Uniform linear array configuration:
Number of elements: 64
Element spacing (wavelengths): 1
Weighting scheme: blackman
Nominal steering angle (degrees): -30
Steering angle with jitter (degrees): -28.026
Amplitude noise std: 0.05
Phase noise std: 0.05

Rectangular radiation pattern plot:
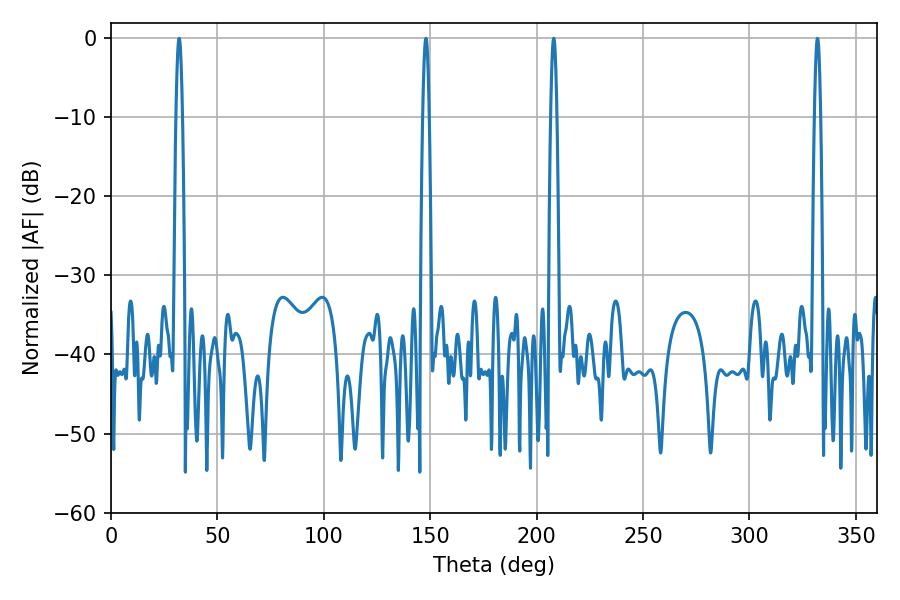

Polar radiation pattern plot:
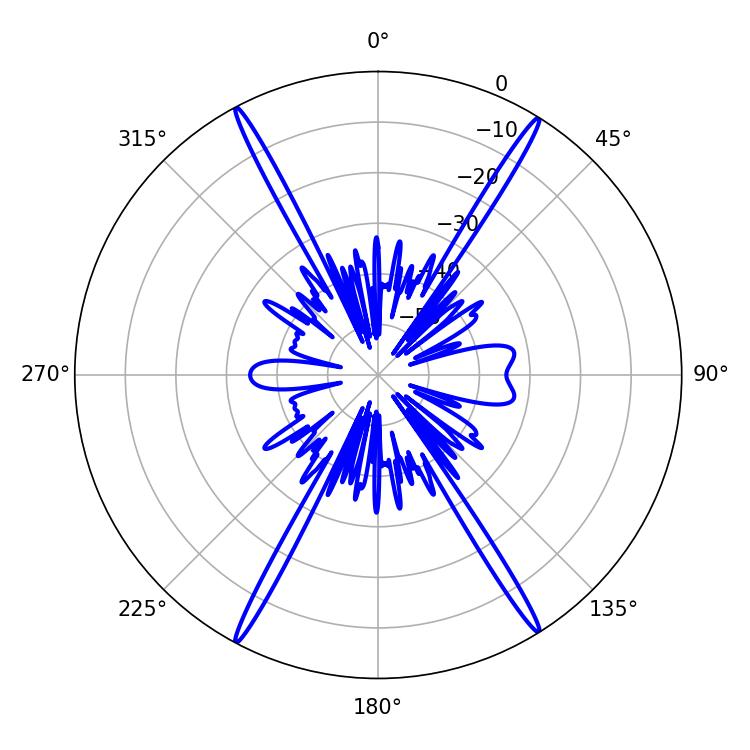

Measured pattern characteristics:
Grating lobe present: TRUE
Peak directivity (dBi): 25.839
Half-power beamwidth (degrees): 1.62
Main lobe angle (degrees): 32.04